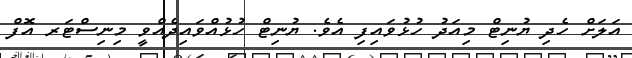
އަލަށް ހެދި ޔުނިޓް މިއަދު ހުޅުވައިފި އެވެ. ޔުނިޓް ހުޅުއްވައިދެއްވީ މިނިސްޓަރ އޮފް